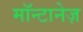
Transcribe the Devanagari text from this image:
मॉन्टानेज़